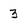
Character: 3